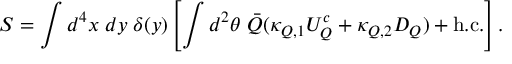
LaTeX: S = \int d ^ { 4 } x \; d y \; \delta ( y ) \left[ \int d ^ { 2 } \theta \; \bar { Q } ( \kappa _ { Q , 1 } { \cal U } _ { Q } ^ { c } + \kappa _ { Q , 2 } { \cal D } _ { Q } ) + \mathrm { h . c . } \right] .